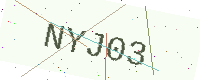
Text: NYJ03